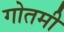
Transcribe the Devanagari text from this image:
गोतमी